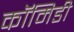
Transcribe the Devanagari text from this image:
कॉमिडी